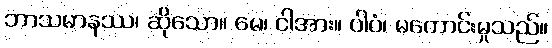
ဘာသမာနဿ၊ ဆိုသော။ မေ၊ ငါအား။ ပါပံ၊ မကောင်းမှုသည်။